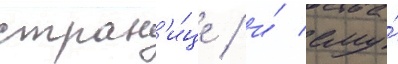
стран'и́це / и́ ему́